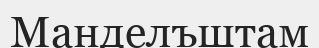
Манделъштам